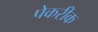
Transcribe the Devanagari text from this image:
पेकरीक